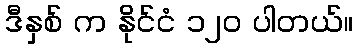
ဒီနှစ် က နိုင်ငံ ၁၂၀ ပါတယ်။